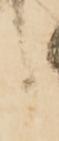
候